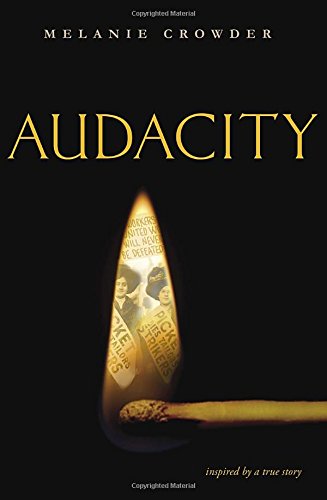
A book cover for Audacity; Melanie Crowder; Teen & Young Adult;